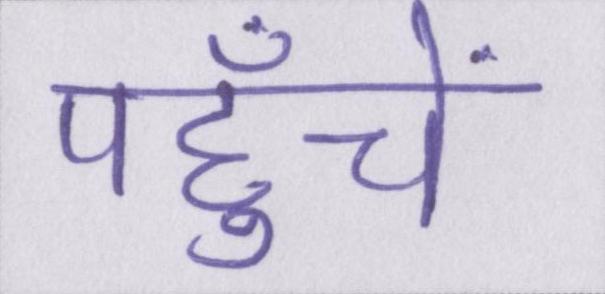
पहुँचें